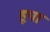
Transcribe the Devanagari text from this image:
हूपा